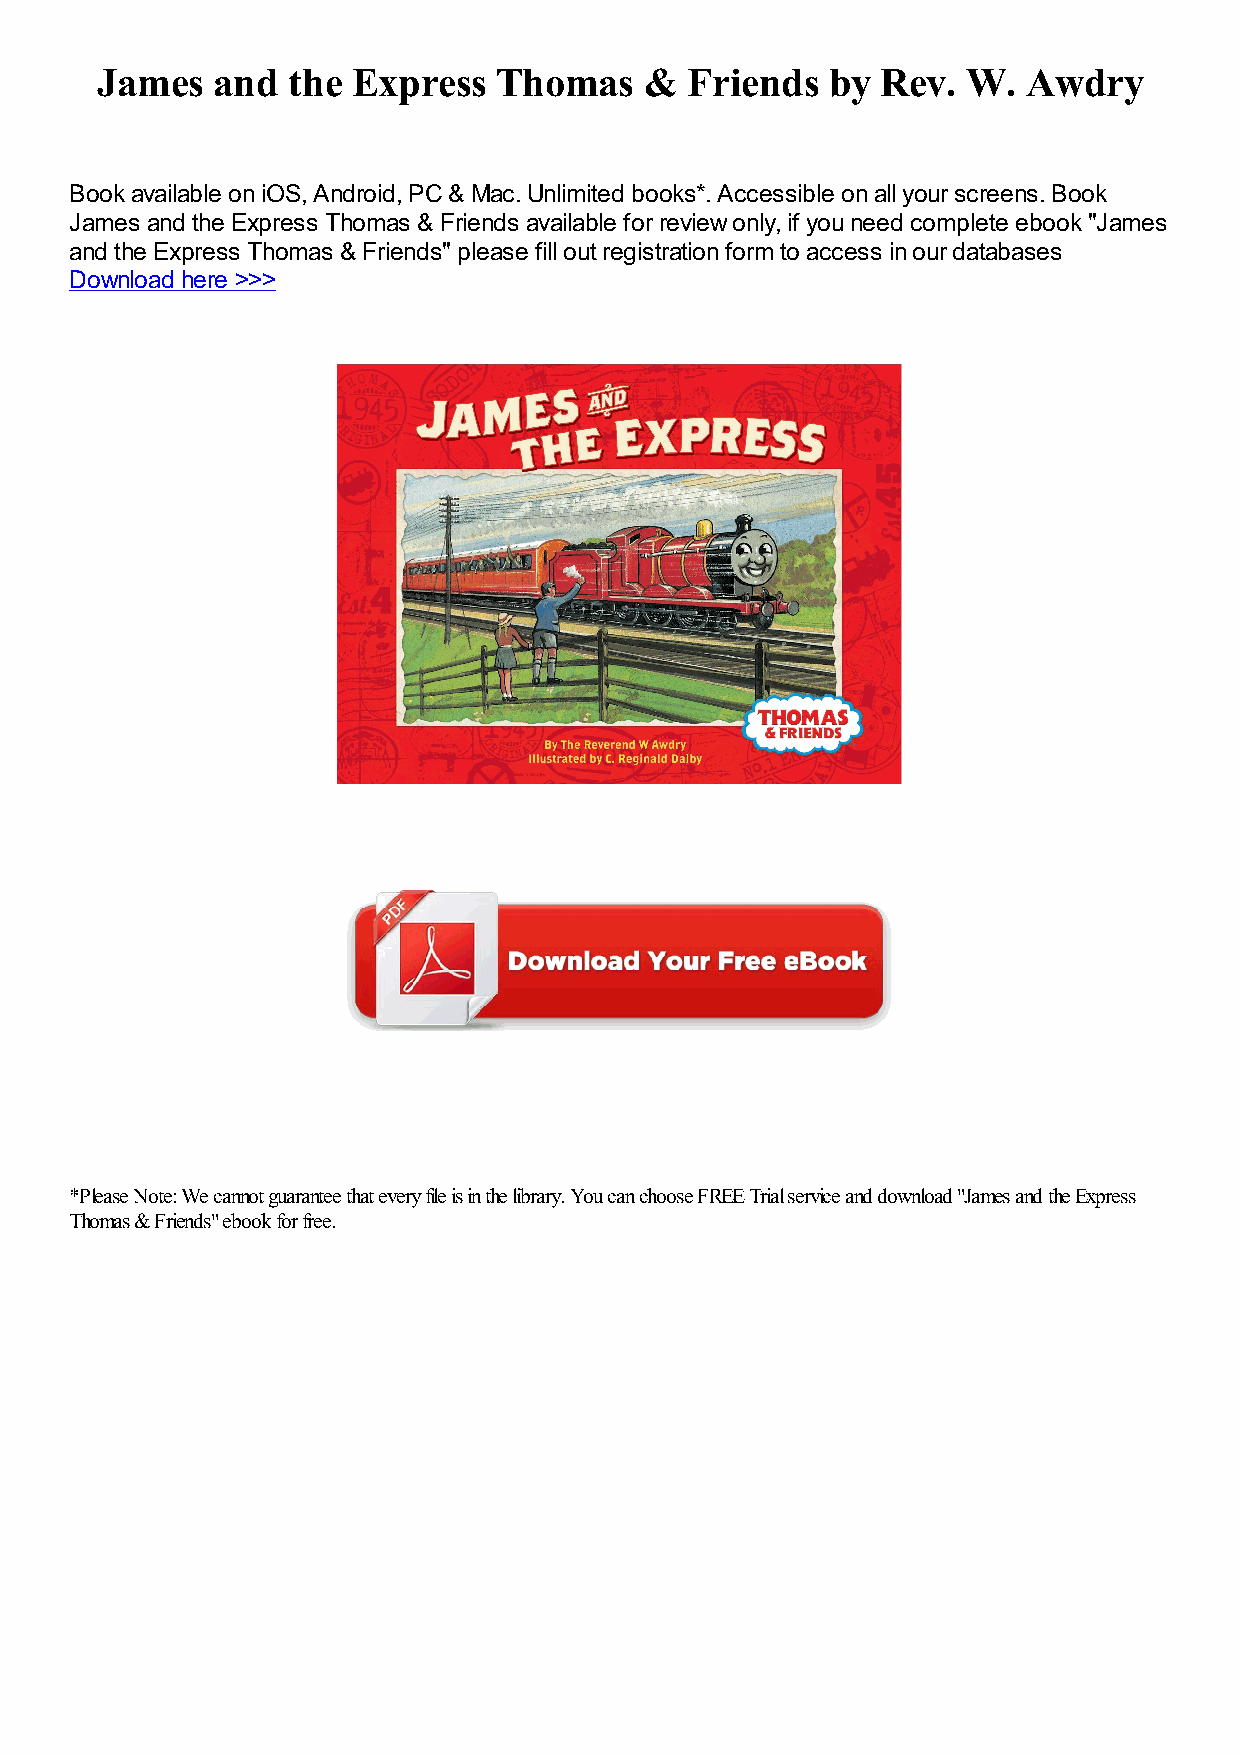
James   and  the Express   Thomas    & Friends   by Rev.  W.  Awdry
 Book available on iOS, Android, PC & Mac. Unlimited books*. Accessible on all your screens. Book
 James and the Express Thomas & Friends available for review only, if you need complete ebook "James
 and the Express Thomas & Friends" please fill out registration form to access in our databases
 Download here >>>
 *Please Note: We cannot guarantee that every file is in the library. You can choose FREE Trial service and download "James and the Express
 Thomas & Friends" ebook for free.